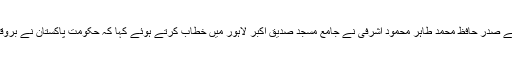
پاکستان علماء کونسل کے مرکزی چیئرمین اور وفاق المساجد پاکستان کے صدر حافظ محمد طاہر محمود اشرفی نے جامع مسجد صدیق اکبر لاہور میں خطاب کرتے ہوئے کہا کہ حکومت پاکستان نے بروقت اقدامات اٹھائے ہوتے تو بنگلہ دیش میں مظالم کا سلسلہ بند ہوگیا ہوتا۔